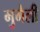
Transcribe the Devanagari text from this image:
मुगेली